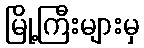
မြို့ကြီးများမှ